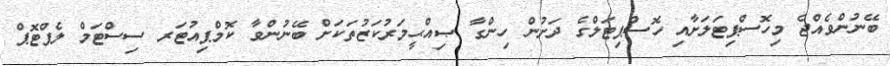
ބޭނުންވެއްޖެ މިހޮސްޕިޓަލަށާއި ހޮސްޕިޓަލްގެ ދަށުން ހިންގާ ޞިއްޙީމަރުކަޒުތަކަށް ބޭނުންވާ ކޮމްޕިއުޓަރ ސިސްޓަމް ލެޕްޓޮޕް